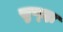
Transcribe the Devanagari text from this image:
सुण्दा